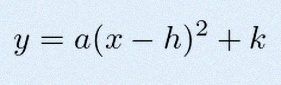
y=a(x-h)^2+k